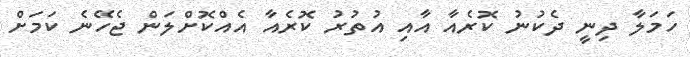
ހަމަލާ ދިނީ ދެކުނު ކޮރެއާ އާއި އުުތުރު ކޮރެއާ އެއްކޮށްލަން ޖެހޭނެ ކަމަށް